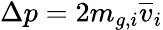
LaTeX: \Delta p=2m_{g,i}\overline{{v}}_{i}